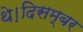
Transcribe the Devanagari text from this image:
थे।दिसम्बर